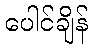
ပေါင်ချိန်